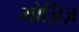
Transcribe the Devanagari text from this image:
मोज़िज़